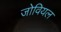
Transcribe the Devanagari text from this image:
जोवियल